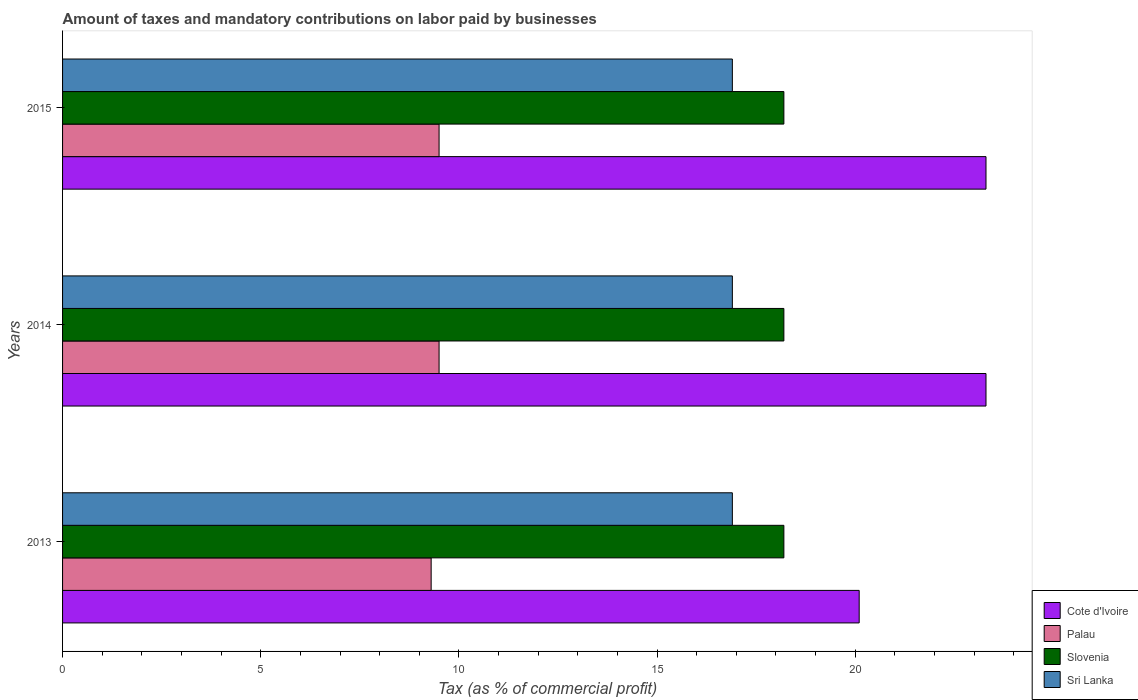
| Years | Cote d'Ivoire | Palau | Slovenia | Sri Lanka |
 | --- | --- | --- | --- | --- |
 | 2013 | 20.1 | 9.3 | 18.2 | 16.9 |
 | 2014 | 23.3 | 9.5 | 18.2 | 16.9 |
 | 2015 | 23.3 | 9.5 | 18.2 | 16.9 |